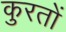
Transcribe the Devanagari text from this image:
कुरतों